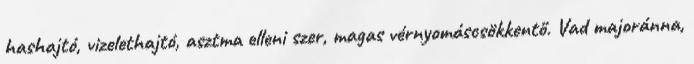
hashajtó, vizelethajtó, asztma elleni szer, magas vérnyomáscsökkentő. Vad majoránna,